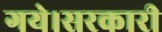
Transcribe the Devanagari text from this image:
गये।सरकारी